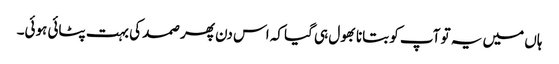
ہاں میں یہ تو آپ کو بتانا بھول ہی گیا کہ اس دن پھر صمد کی بہت پٹائی ہوئی۔